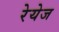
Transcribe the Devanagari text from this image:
रेयेज